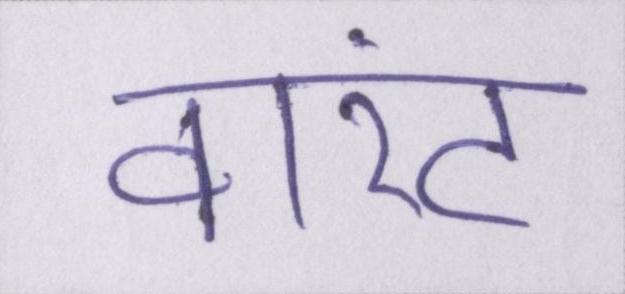
वारंट